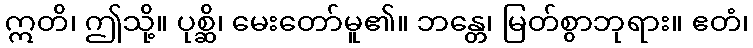
ဣတိ၊ ဤသို့။ ပုစ္ဆိ၊ မေးတော်မူ၏။ ဘန္တေ၊ မြတ်စွာဘုရား။ ဧတံ၊